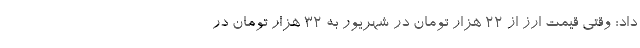
داد: وقتی قیمت ارز از 22 هزار تومان در شهریور به 32 هزار تومان در